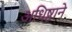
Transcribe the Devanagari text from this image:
अधिष्ठाने